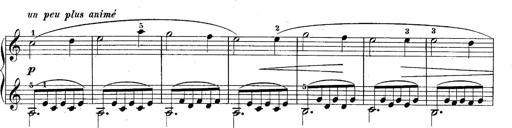
Title: 10 Sonatines progressives
Composer: Anton Schmoll